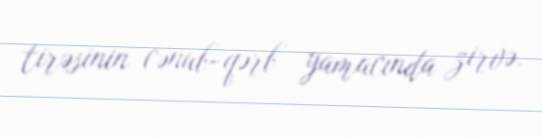
tirəsinin cənub-qərb yamacında zirvə.